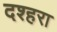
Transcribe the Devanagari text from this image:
दश्हरा